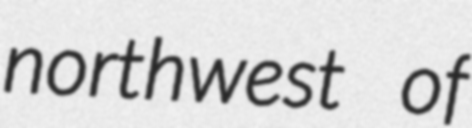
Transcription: northwest of